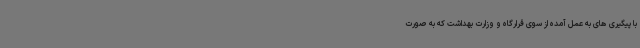
با پیگیری های به عمل آمده از سوی قرارگاه و وزارت بهداشت که به صورت